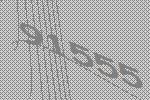
91555